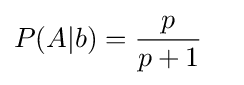
{\begin{aligned}P(A|b)&={\frac {p}{p+1}}\end{aligned}}